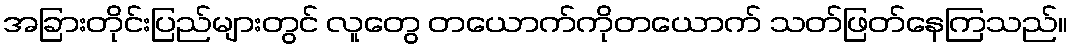
အခြားတိုင်းပြည်များတွင် လူတွေ တယောက်ကိုတယောက် သတ်ဖြတ်နေကြသည်။